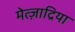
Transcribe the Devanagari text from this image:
मेत्ज़ाद्रिया